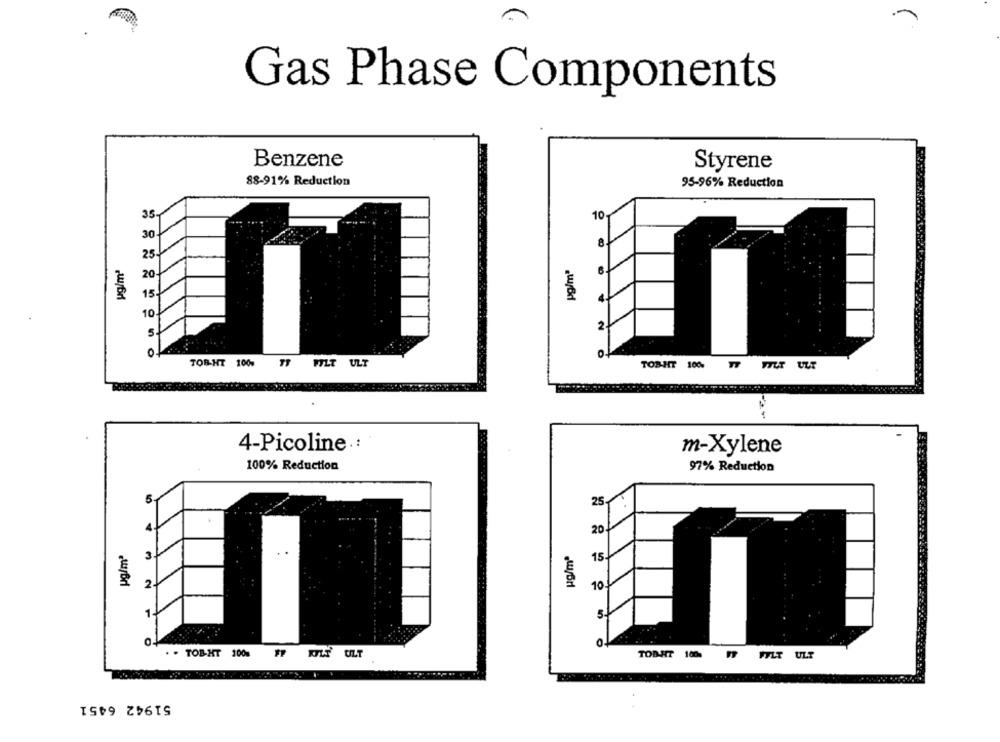
Gas Phase Components
Benzene
Styrene
88-91% Reduction
95-96% Reduction
35-
10
30
8
25.
yg/m2
po/m'
20-
15
4
10
2
of
TOBHT 100% TF FYLT ULT
TOBHT 100% 7
4-Picoline .:
m-Xylene
100% Reduction
97% Reduction
5
25
20
ug/mª
3
15
2
10
1-
5
. . TOB-HT 100%
FF ALF ULT
ULT
TOBHT 1000 9
FYLT
51942 6451